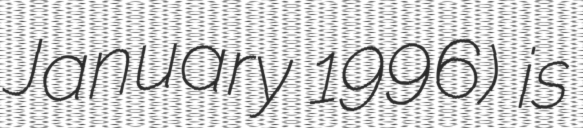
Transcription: January 1996) is